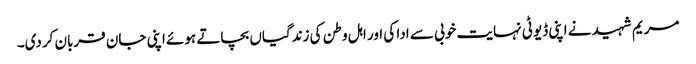
مریم شہید نے اپنی ڈیوٹی نہایت خوبی سے ادا کی اور اہل وطن کی زندگیاں بچاتے ہوئے اپنی جان قربان کردی۔